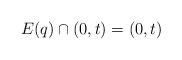
LaTeX: \begin{align*}E(q)\cap (0, t)=(0, t)\end{align*}